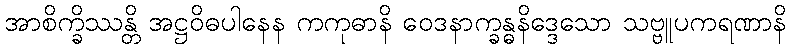
အာစိက္ခိဿန္တိ အဋ္ဌဝိဓပါနေန ကကုဓာနိ ဝေဒနာက္ခန္ဓနိဒ္ဒေသော သဗ္ဗူပကရဏာနိ